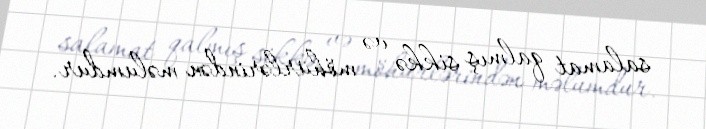
salamat qalmış sikkə və möhürlərindən məlumdur.